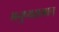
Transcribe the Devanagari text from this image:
मनुष्यसमान